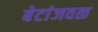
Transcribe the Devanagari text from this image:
बेटांजवळ